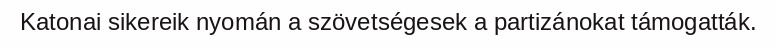
Katonai sikereik nyomán a szövetségesek a partizánokat támogatták.